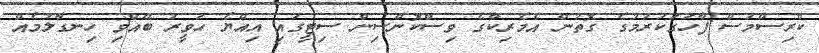
ކްރިސްމަސް ފާހަގަކުރުމުގެ ގޮތުން އެމެރިކާގެ ވިސްކޮންސިން ސިޓީގައި އިއްޔެ ހަވީރު ބޭއްވި ހިނގާލުމެއް